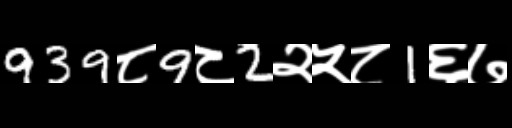
Text: 939८9८2२५८1६७